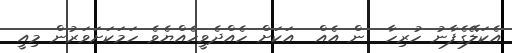
އެކަލޭގެފާނު ހުރިހާ  ން އެއް  އަކަށް ހެއްދެވީހެއްޔެވެ ހަމަކަށަވަރުން މިއީ